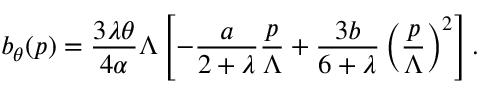
b _ { \theta } ( p ) = { \frac { 3 \lambda \theta } { 4 \alpha } } \Lambda \left[ - { \frac { a } { 2 + \lambda } } { \frac { p } { \Lambda } } + { \frac { 3 b } { 6 + \lambda } } \left( { \frac { p } { \Lambda } } \right) ^ { 2 } \right] .